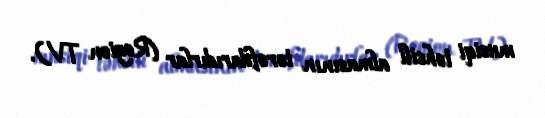
musiqi təhsili almasının tərəfdarıdırlar (Region TV).